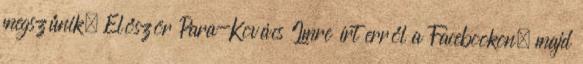
megszűnik. Először Para-Kovács Imre írt erről a Facebookon, majd